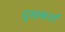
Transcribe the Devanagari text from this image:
दुखकर्ता